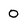
Character: 0